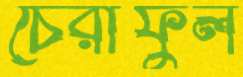
চেরীফুল